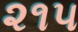
૨૧૫